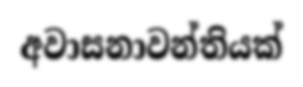
අවාසනාවන්තියක්